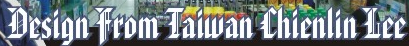
Design From Taiwan Chienlin Lee